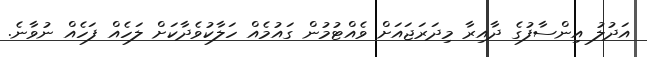
އަދުލު އިންސާފުގެ ދާއިރާ މިދަރަޖައަށް ވެއްޓުމުން ގައުމެއް ހަލާކުވެދާކަށް ލަހެއް ފަހެއް ނުވާނެ.